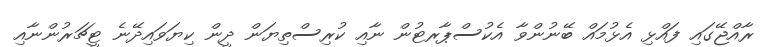
ރާއްޖޭގައި ފައްޅި އެޅުމައް ބޭނުންވާ އެކުސްޕާރޓުން ނާއި ކުރިސްތިޔަން ދީން ކިޔަވައިދޭނެ ޓީޗަރުންނާއި